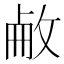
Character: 𢽋